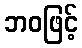
ဘဝဖြင့်